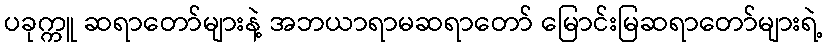
ပခုက္ကူ ဆရာတော်များနဲ့ အဘယာရာမဆရာတော် မြောင်းမြဆရာတော်များရဲ့